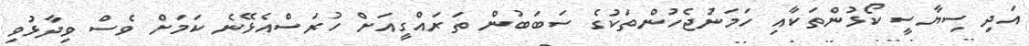
އަދި ސިޔާސީ ކޯޅުންތަކާއި ހަމަނުޖެހުންތަކުގެ ސަބަބުން ތަރައްގީއަށް ހުރަސްއެޅޭނެ ކަމަށް ވެސް ވިދާޅުވި